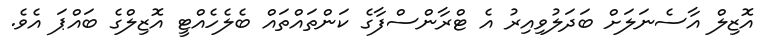
އޮޒިލް އާސެނަލަށް ބަދަލުވިއިރު އެ ޓްރާންސްފާގެ ކަންތައްތައް ބެލެހެއްޓީ އޮޒިލްގެ ބައްޕަ އެވެ.